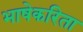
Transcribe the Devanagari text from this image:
भाषेकरिता